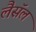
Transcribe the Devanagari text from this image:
लैसॅल